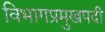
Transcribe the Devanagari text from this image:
विभागप्रमुखपदी